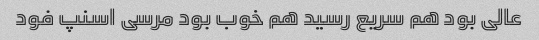
عالی بود هم سریع رسید هم خوب بود مرسی اسنپ فود